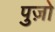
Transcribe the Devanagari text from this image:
पुज़ो